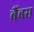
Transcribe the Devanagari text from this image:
बैंबस